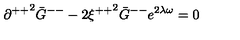
{ \partial ^ { + + } } ^ { 2 } { \bar { G } } ^ { -- } - 2 { \xi ^ { + + } } ^ { 2 } { \bar { G } } ^ { -- } e ^ { 2 \lambda \omega } = 0 \,